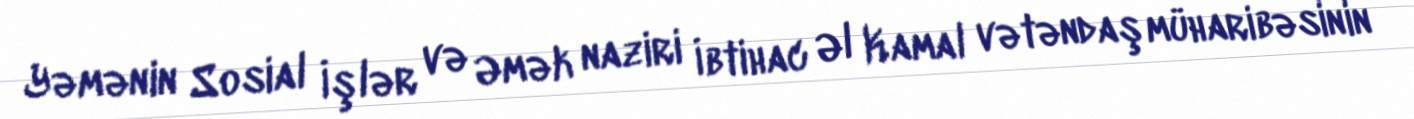
Yəmənin Sosial İşlər və Əmək naziri İbtihac Əl Kamal vətəndaş müharibəsinin